Indian journal of veterinary science and animal husbandry - Volume 3,
Year: 1933
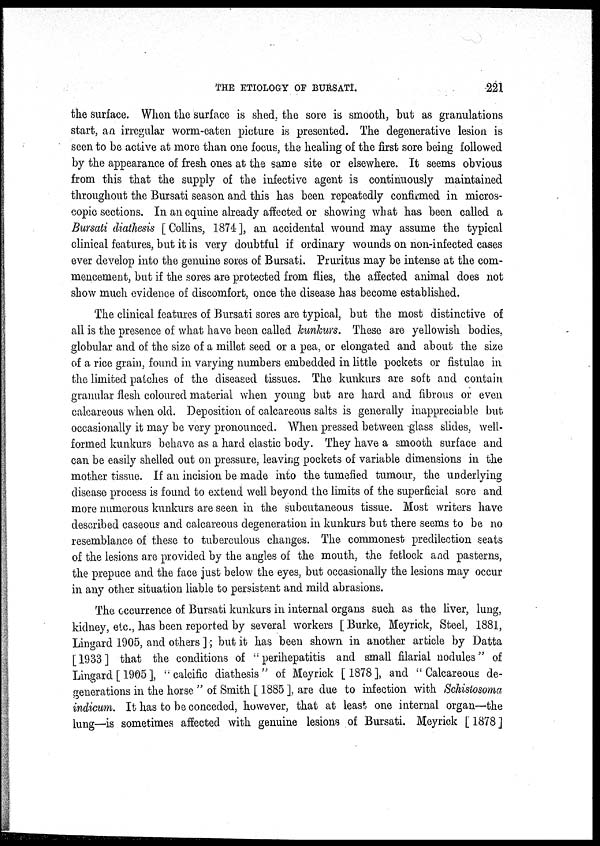
THE ETIOLOGY OF BURSATI.
221
the surface. When the surface is shed, the sore is smooth, but as granulations
start, an irregular worm-eaten picture is presented. The degenerative lesion is
seen to be active at more than one focus, the healing of the first sore being followed
by the appearance of fresh ones at the same site or elsewhere. It seems obvious
from this that the supply of the infective agent is continuously maintained
throughout the Bursati season and this has been repeatedly confirmed in micros-
copic sections. In an equine already affected or showing what has been called a
Bursati diathesis [ Collins, 1874 ], an accidental wound may assume the typical
clinical features, but it is very doubtful if ordinary wounds on non-infected cases
ever develop into the genuine sores of Bursati. Pruritus may be intense at the com-
mencement, but if the sores are protected from flies, the affected animal does not
show much evidence of discomfort, once the disease has become established.
The clinical features of Bursati sores are typical, but the most distinctive of
all is the presence of what have been called kunkurs. These are yellowish bodies,
globular and of the size of a millet seed or a pea, or elongated and about the size
of a rice grain, found in varying numbers embedded in little pockets or fistulae in
the limited patches of the diseased tissues. The kunkurs are soft and contain
granular flesh coloured material when young but are hard and fibrous or even
calcareous when old. Deposition of calcareous salts is generally inappreciable but
occasionally it may be very pronounced. When pressed between glass slides, well-
formed kunkurs behave as a hard elastic body. They have a smooth surface and
can be easily shelled out on pressure, leaving pockets of variable dimensions in the
mother tissue. If an incision be made into the tumefied tumour, the underlying
disease process is found to extend well beyond the limits of the superficial sore and
more numerous kunkurs are seen in the subcutaneous tissue. Most writers have
described caseous and calcareous degeneration in kunkurs but there seems to be no
resemblance of these to tuberculous changes. The commonest predilection seats
of the lesions are provided by the angles of the mouth, the fetlock and pasterns,
the prepuce and the face just below the eyes, but occasionally the lesions may occur
in any other situation liable to persistent and mild abrasions.
The occurrence of Bursati kunkurs in internal organs such as the liver, lung,
kidney, etc., has been reported by several workers [ Burke, Meyrick, Steel, 1881,
Lingard 1905, and others ]; but it has been shown in another article by Datta
[1933] that the conditions of '' perihepatitis and small filarial nodules" of
Lingard [ 1905 ], "calcific diathesis " of Meyrick [ 1878 ], and " Calcareous de-
generations in the horse " of Smith [ 1885 ], are due to infection with Schistosoma
indicum. It has to be conceded, however, that at least one internal organ—the
lung—is sometimes affected with genuine lesions of Bursati. Meyrick [ 1878 ]